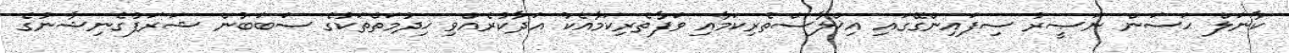
ކާނަލް ޙަސަން ނަޞީރު ސިފައިންގޭގައި އިޚްލާސްތެރިކަމާއި ވަފާތެރިކަމާއެކު އަދާކުރެއްވި ޚިދުމަތްތަކުގެ ސަބަބުން ޝަރަފުގެނިޝާނުގެ